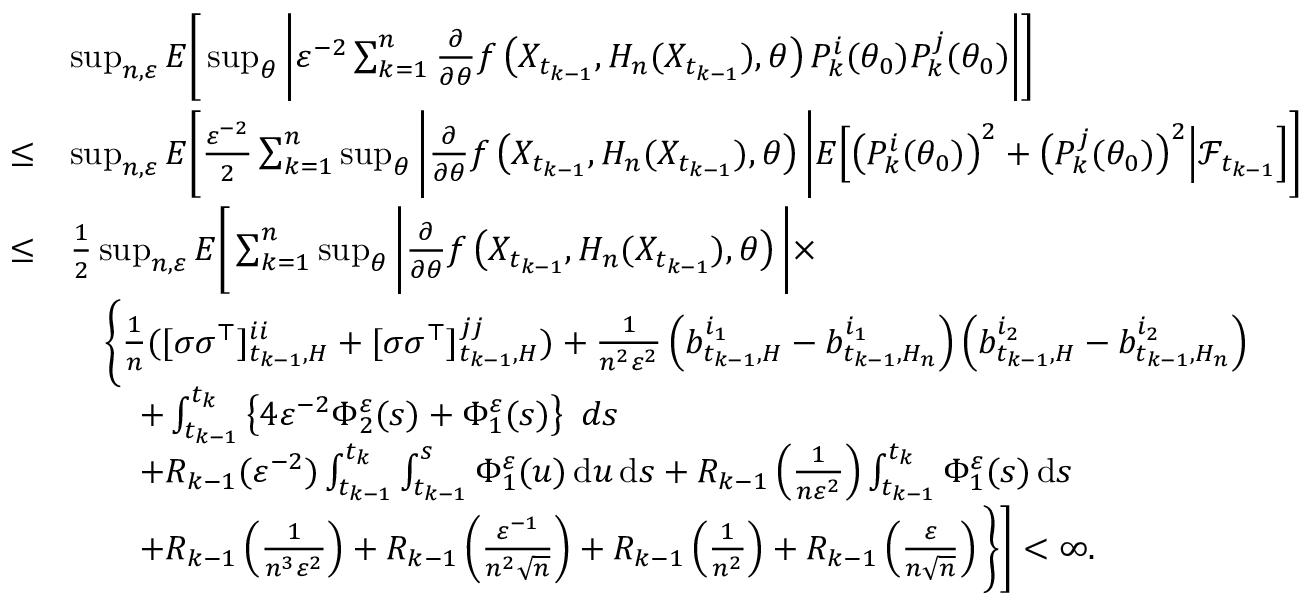
\begin{array} { r l } & { \operatorname* { s u p } _ { n , \varepsilon } E \Bigg [ \operatorname* { s u p } _ { \theta } \bigg | \varepsilon ^ { - 2 } \sum _ { k = 1 } ^ { n } \frac { \partial } { \partial \theta } f \left( X _ { t _ { k - 1 } } , H _ { n } ( X _ { t _ { k - 1 } } ) , \theta \right) P _ { k } ^ { i } ( \theta _ { 0 } ) P _ { k } ^ { j } ( \theta _ { 0 } ) \bigg | \Bigg ] } \\ { \leq } & { \operatorname* { s u p } _ { n , \varepsilon } E \Bigg [ \frac { \varepsilon ^ { - 2 } } { 2 } \sum _ { k = 1 } ^ { n } \operatorname* { s u p } _ { \theta } \bigg | \frac { \partial } { \partial \theta } f \left( X _ { t _ { k - 1 } } , H _ { n } ( X _ { t _ { k - 1 } } ) , \theta \right) \bigg | E \Big [ \big ( P _ { k } ^ { i } ( \theta _ { 0 } ) \big ) ^ { 2 } + \big ( P _ { k } ^ { j } ( \theta _ { 0 } ) \big ) ^ { 2 } \Big | \mathcal { F } _ { t _ { k - 1 } } \Big ] \Bigg ] } \\ { \leq } & { \frac { 1 } { 2 } \operatorname* { s u p } _ { n , \varepsilon } E \Bigg [ \sum _ { k = 1 } ^ { n } \operatorname* { s u p } _ { \theta } \bigg | \frac { \partial } { \partial \theta } f \left( X _ { t _ { k - 1 } } , H _ { n } ( X _ { t _ { k - 1 } } ) , \theta \right) \bigg | \times } \\ & { \quad \bigg \{ \frac { 1 } { n } ( [ \sigma \sigma ^ { \top } ] _ { t _ { k - 1 } , H } ^ { i i } + [ \sigma \sigma ^ { \top } ] _ { t _ { k - 1 } , H } ^ { j j } ) + \frac { 1 } { n ^ { 2 } \varepsilon ^ { 2 } } \left( b _ { t _ { k - 1 } , H } ^ { i _ { 1 } } - b _ { t _ { k - 1 } , H _ { n } } ^ { i _ { 1 } } \right) \left( b _ { t _ { k - 1 } , H } ^ { i _ { 2 } } - b _ { t _ { k - 1 } , H _ { n } } ^ { i _ { 2 } } \right) } \\ & { \qquad + \int _ { t _ { k - 1 } } ^ { t _ { k } } \left\{ 4 \varepsilon ^ { - 2 } \Phi _ { 2 } ^ { \varepsilon } ( s ) + \Phi _ { 1 } ^ { \varepsilon } ( s ) \right\} ~ d s } \\ & { \qquad + R _ { k - 1 } ( \varepsilon ^ { - 2 } ) \int _ { t _ { k - 1 } } ^ { t _ { k } } \int _ { t _ { k - 1 } } ^ { s } \Phi _ { 1 } ^ { \varepsilon } ( u ) \, \mathrm { d } u \, \mathrm { d } s + R _ { k - 1 } \left( \frac { 1 } { n \varepsilon ^ { 2 } } \right) \int _ { t _ { k - 1 } } ^ { t _ { k } } \Phi _ { 1 } ^ { \varepsilon } ( s ) \, \mathrm { d } s } \\ & { \qquad + R _ { k - 1 } \left( \frac { 1 } { n ^ { 3 } \varepsilon ^ { 2 } } \right) + R _ { k - 1 } \left( \frac { \varepsilon ^ { - 1 } } { n ^ { 2 } \sqrt { n } } \right) + R _ { k - 1 } \left( \frac { 1 } { n ^ { 2 } } \right) + R _ { k - 1 } \left( \frac { \varepsilon } { n \sqrt { n } } \right) \bigg \} \Bigg ] < \infty . } \end{array}